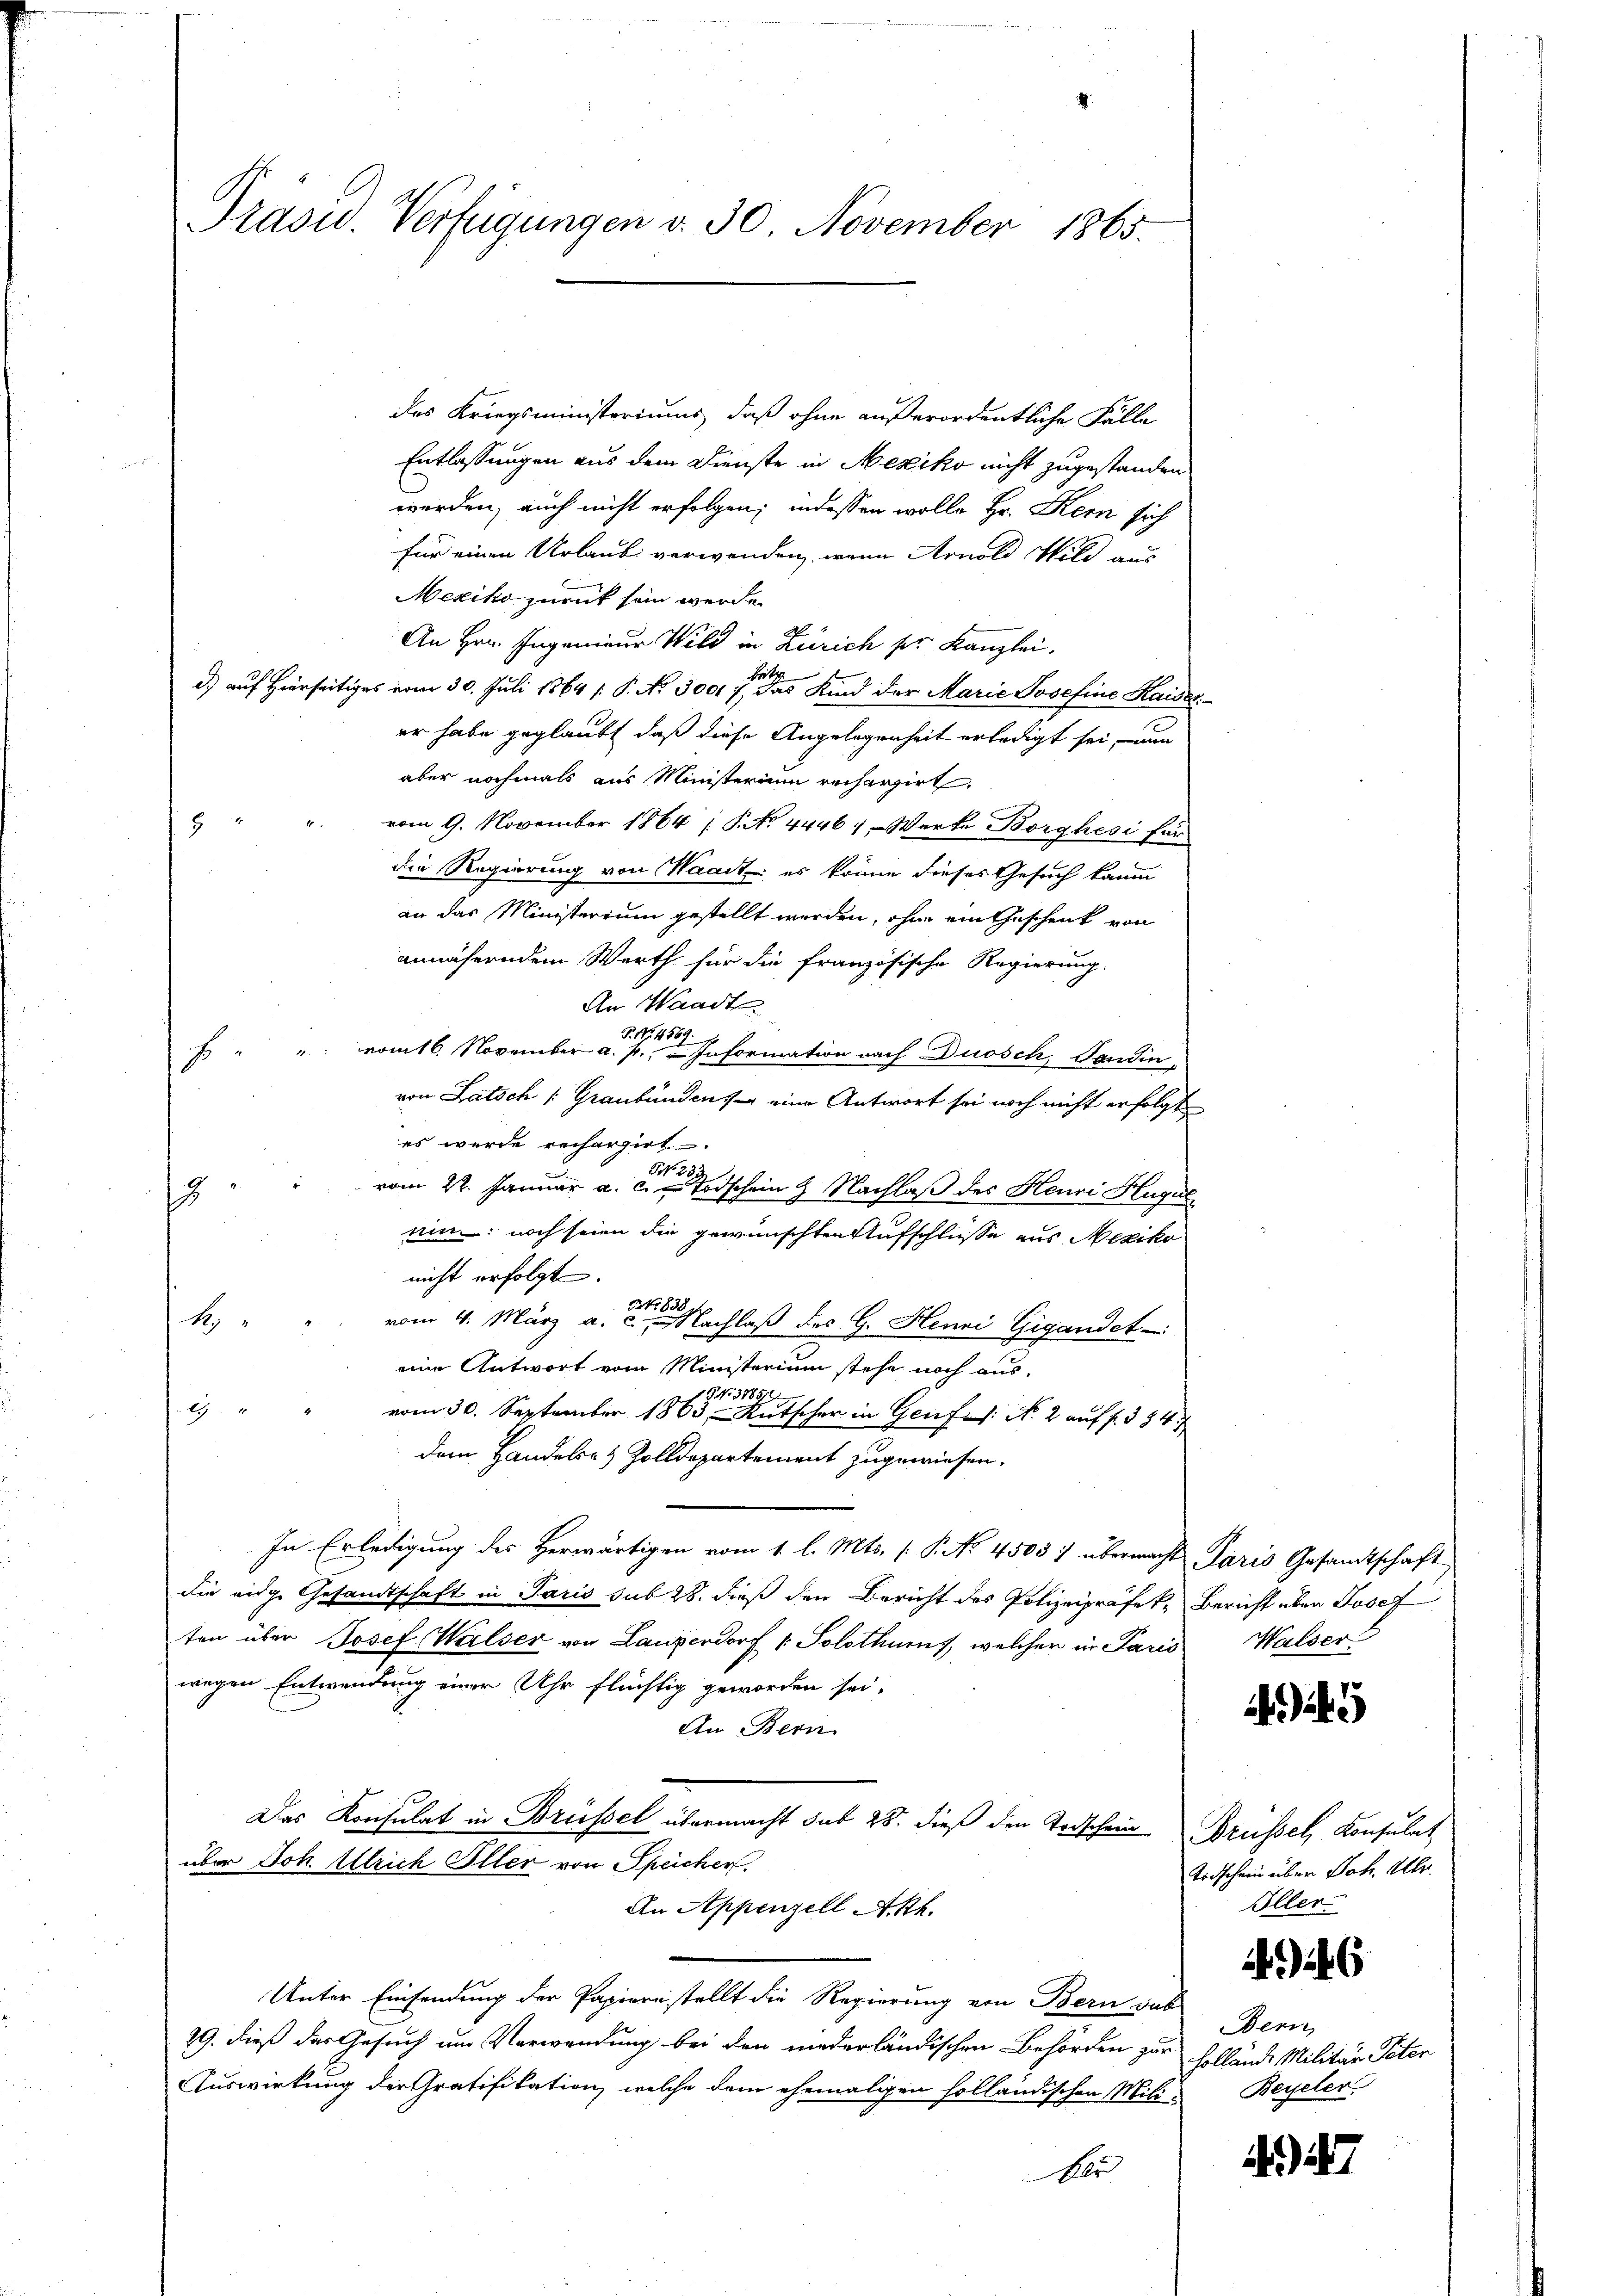
Trasw. Verfügungen d. 30. November 1865.

des Kriegsministeriums, daß ohne außerordentliche Fälle
Entlassungen aus dem Dienste in Mexiko nicht zugestanden
werden, auch nicht erfolgen; indessen wolle Hr. Kern sich
für einen Urlaub verwenden, wenn Arnold Wild aus
Mexiko zurück sein werde.
An Hrn. Ingenieur Wild in Zürich pr. Kanzlei.
Fors
d) auf Hierseitiges vom 30. Juli 1864 /: P. No. 30017, das Kind der Marie Josefine Kaises
er habe geglaubt, daß diese Angelegenheit erledigt sei, un
aber nochmals aus Ministerium recherzirt,
vom 9. November 1864 ( P. No. 44461. Werke Borghesi für
2
die Regierung von Waadt es könne dieses Gesuch kaum
an das Ministerium gestellt werden, ohne ein Geschenk von
annäherndem Werth für die französische Regierung.
An Waadt
P. Nr. 4569.
"" vom 16. November a. p. I. Information nach Duosch, Pandin-
s
von Latsch (Graubündens eine Antwort sei noch nicht erfolgt
es wurde rechargirt.
NNo. 23.
 vom 22. Januar a. c. Todschein 2 Nachlaß des Henri Hagul
2
ein: noch seien die gewünschten Aufschlüsse aus Mexiko
nicht erfolgt.
Art. 838
k. " " vom 4. März a. c., Nachlaß des G. Henni Gigandet
eine Antwort vom Ministerium stehe noch aus¬
 NNo. 31859
A
vom 30. September 1863 - Rutscher in Genfes: No 2 auf fr. 354.
dem Handels- & Zolldepartement zugewiesen.
In Erledigung des Herwärtigen vom 1. l. Mts. (T. No. 45037 übermacht Paris Gesamtschaft
die eidge Gesandtschaft in Paris sub 28. dieß den Bericht des Polizeipräfek, Bericht über Josef
ten über Josef Walser von Lanzerdorf 1. Solothurn, welcher in Paris Walser
wegen Entwendung einer Uhr flüchtig geworden sei,
An Bern
Das Konsulat in Brüssel übermacht sub 28. dieß den Todschein Brüssel, Konsulat
über Joh. Ulrich Iller von Speicher.
An Appenzell Akt.
Unter Einsendung der Papiernstellt die Regierung von Bern gab
79. dieß das Gesuch um Verwendung bei den niederländischen Behörden zur Hollände Militär Peter
Auswirkung der Gratifikation, welche dem ehemaligen holländischen Mili-Beyeler
Ar

Todschein über Joh. Aller.
Iller

46

Bern,